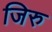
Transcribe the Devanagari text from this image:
जिरु